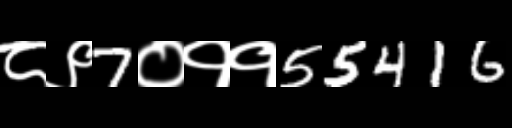
Text: ८९7०११55416